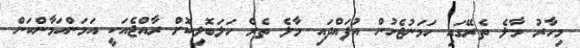
މިހާރު މާލެ ތެރޭގައި ހަމަނުޖެހުން އުފައްދައި މާލެ ތެރެ ހަލަބޮލިކޮށް ރާއްޖެއަކީ އަމަންއަމާންކަން